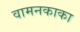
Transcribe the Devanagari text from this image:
वामनकाका